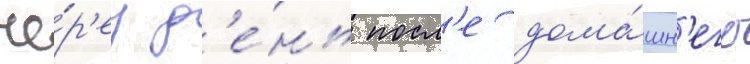
че́р'ез д'е́нь посл'е дома́шн'его